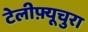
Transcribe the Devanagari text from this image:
टेलीफ़्यूचुरा